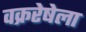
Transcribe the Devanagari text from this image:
वक्ररेषेला